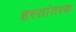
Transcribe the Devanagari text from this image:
हस्तांतरक